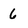
Character: 6